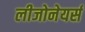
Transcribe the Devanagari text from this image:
लीजोनेयर्स